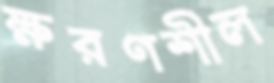
ক্ষরণশীল